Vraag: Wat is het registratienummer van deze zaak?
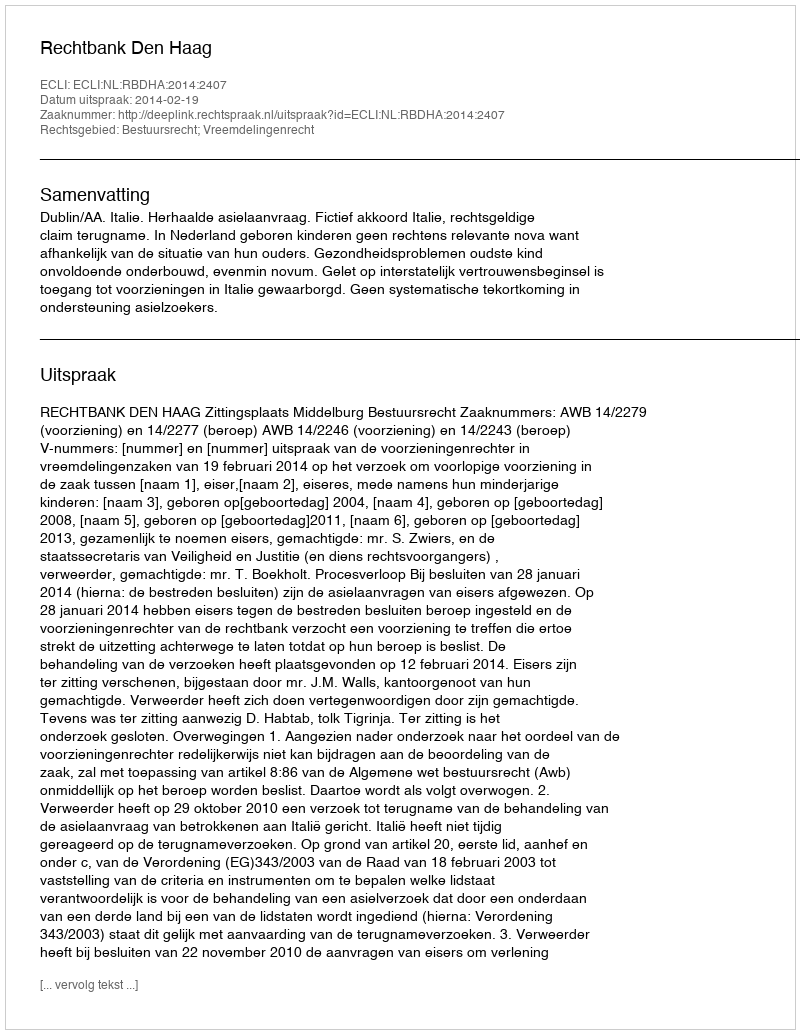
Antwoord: http://deeplink.rechtspraak.nl/uitspraak?id=ECLI:NL:RBDHA:2014:2407